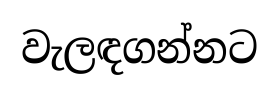
වැලඳගන්නට